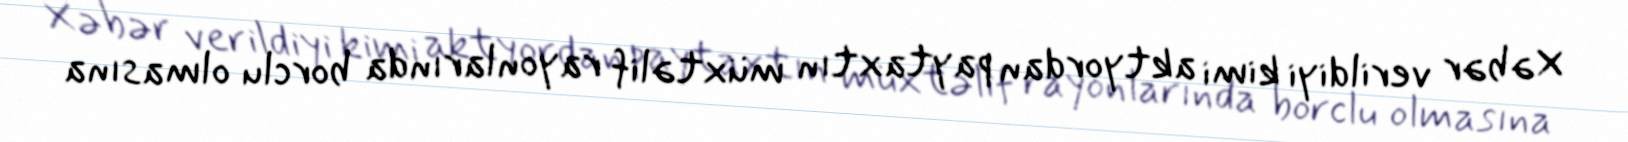
Xəbər verildiyi kimi aktyordan paytaxtın müxtəlif rayonlarında borclu olmasına